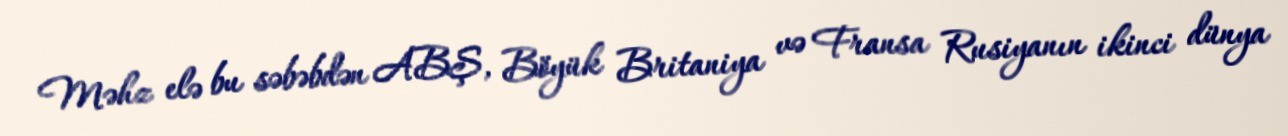
Məhz elə bu səbəbdən ABŞ, Böyük Britaniya və Fransa Rusiyanın ikinci dünya